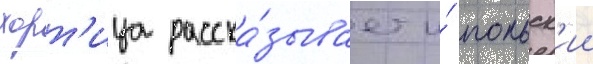
хорт'ица расска́зывает и́ польск'ии